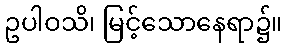
ဥပါဝသိ၊ မြင့်သောနေရာ၌။